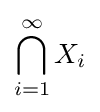
\bigcap _{i=1}^{\infty }X_{i}